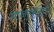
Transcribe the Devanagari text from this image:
लष्करासाठीचा